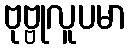
ဗုဗ္ဗုလူပမာ